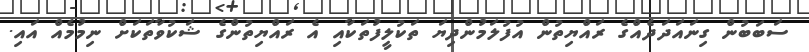
ސަބަބުން ގިނައަދަދެއްގެ ރައްޔިތުން އުފުލަމުންދިޔަ ތަކުލީފުތަކާއި އެ ރައްޔިތުންގެ ޝަކުވާތަކަށް ނިމުމެއް އައި.